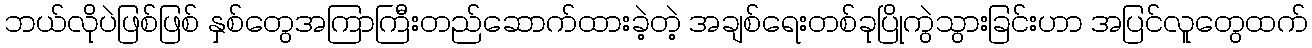
ဘယ်လိုပဲဖြစ်ဖြစ် နှစ်တွေအကြာကြီးတည်ဆောက်ထားခဲ့တဲ့ အချစ်ရေးတစ်ခုပြိုကွဲသွားခြင်းဟာ အပြင်လူတွေထက်